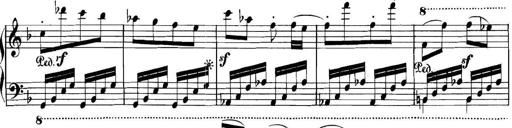
Title: Collected Piano Sonatas
Composer: Muzio Clementi